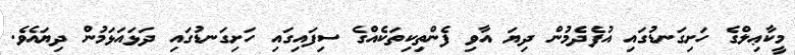
މީކާޢިލްގެ ހަށިގަނޑުގައި އުފެދެމުން ދިޔަ އާވި ފެންތިކިތަކެއްގެ ސިފައިގައި ހަށިގަނޑުގައި ދަޅައަޅަމުން ދިޔައެވެ.